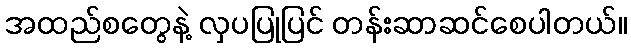
အထည်စတွေနဲ့ လှပပြုပြင် တန်းဆာဆင်စေပါတယ်။